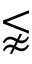
\lnapprox